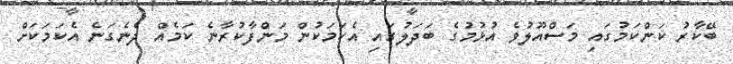
ބޭކާރު ކަންކަމުގައި މަސްއޫލުވެ އުޅުމުގެ ބަދަލުގައި އެކަމަކުން މަންފާކުރާނެ ކަމެއް ދެނެގަނެ އެކަމަކަށް